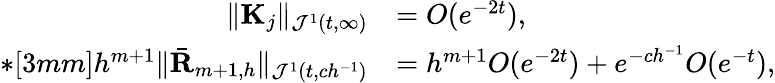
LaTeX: \begin{array}{rl}{\| {\mathbf K}_{j}\| _{{\mathcal J}^{1}(t,\infty)}}&{=O(e^{-2t}),}\\ {*[3mm]h^{m+1}\| \bar{\mathbf R}_{m+1,h}\| _{{\mathcal J}^{1}(t,ch^{-1})}}&{=h^{m+1}O(e^{-2t})+e^{-ch^{-1}}O(e^{-t}),}\end{array}